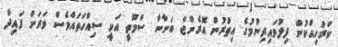
ކަރުހިއްކުން ފިލުވައިދިނުމުގެ އިތުރުން އޮރެންޖް ބަނާނާ ސްމޫތީ އަކީ ސިއްހަތައްވެސް ވަރަށް ފައިދާ